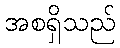
အစရှိသည်